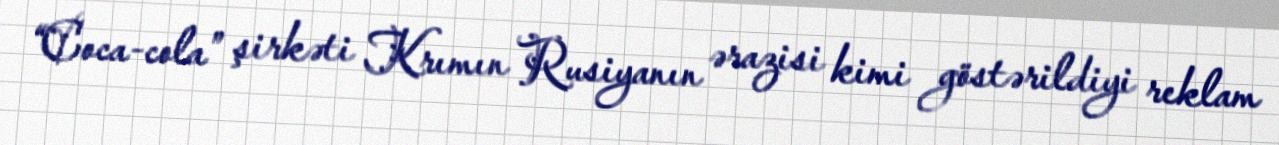
“Coca-cola” şirkəti Krımın Rusiyanın ərazisi kimi göstərildiyi reklam